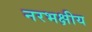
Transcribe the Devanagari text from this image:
नरभक्षीय